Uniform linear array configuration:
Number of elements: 4
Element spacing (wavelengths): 0.25
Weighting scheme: blackman
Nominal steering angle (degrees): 0
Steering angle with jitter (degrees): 1.706
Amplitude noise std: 0.05
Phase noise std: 0.05

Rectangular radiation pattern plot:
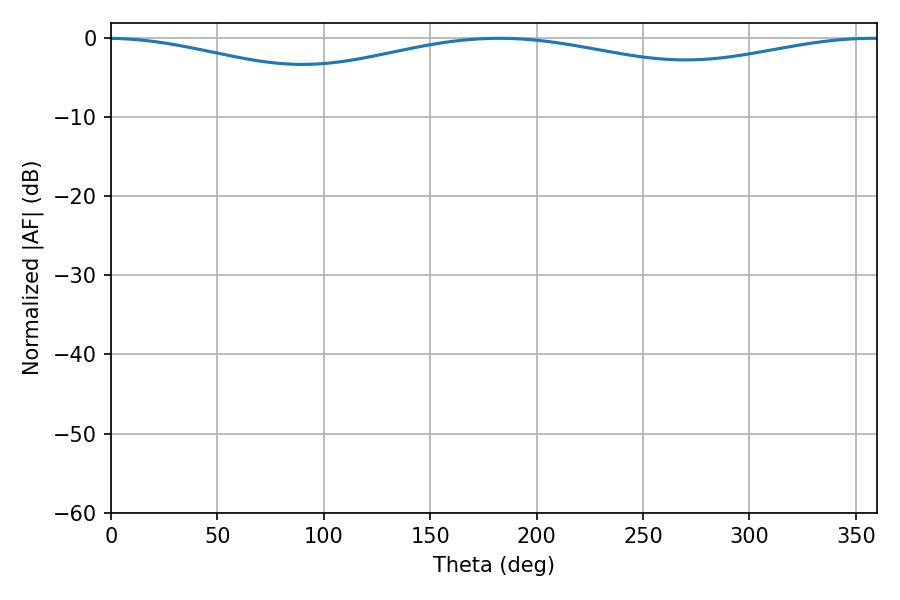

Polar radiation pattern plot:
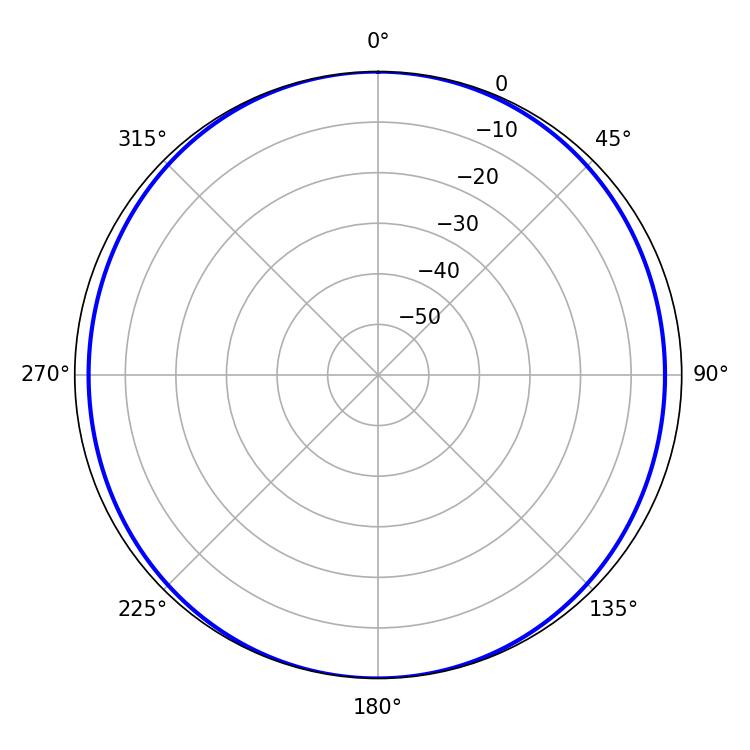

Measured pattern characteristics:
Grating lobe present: FALSE
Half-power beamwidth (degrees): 253.44
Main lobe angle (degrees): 182.34